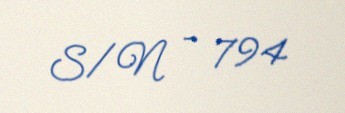
S/N - 794